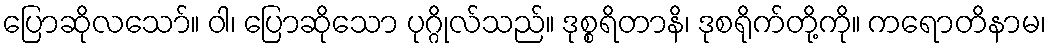
ပြောဆိုလသော်။ ဝါ၊ ပြောဆိုသော ပုဂ္ဂိုလ်သည်။ ဒုစ္စရိတာနိ၊ ဒုစရိုက်တို့ကို။ ကရောတိနာမ၊